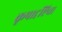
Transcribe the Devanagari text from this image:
कृपादृष्टिचा